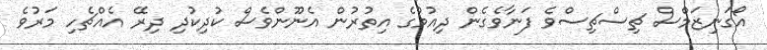
އޯގަނިޒަމްސް ޗިސްޗިސްވެ ފަނާވެގެން ދިއުމުގެ އިތުރުން އެނޫންވެސް ކުދިކުދި ދިރޭ އެއްޗެހި މަރުވެ